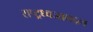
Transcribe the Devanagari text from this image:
राष्ट्रध्वजाबद्दल